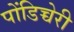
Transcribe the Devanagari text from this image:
पोंडिच्चेरी